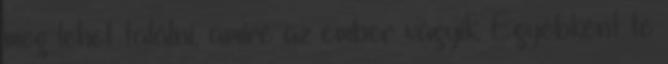
meg lehet találni, amire az ember vágyik. Egyébként te